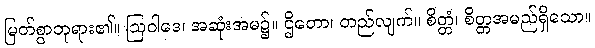
မြတ်စွာဘုရား၏။ ဩဝါဒေ၊ အဆုံးအမ၌။ ဌိတော၊ တည်လျက်။ စိတ္တံ၊ စိတ္တအမည်ရှိသော။